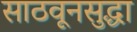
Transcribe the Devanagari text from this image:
साठवूनसुद्धा